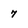
Character: 7